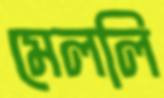
মেললি